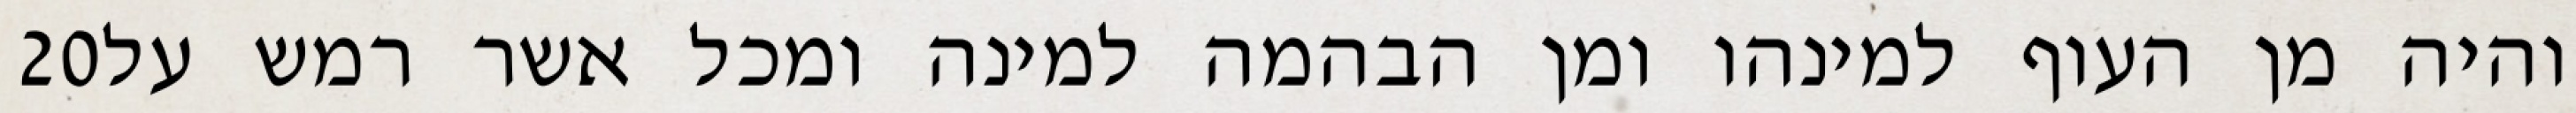
‎20‏ והיה מן העוף למינהו ומן הבהמה למינה ומכל אשר רמש על